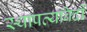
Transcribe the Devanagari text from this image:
स्थापत्यविदों